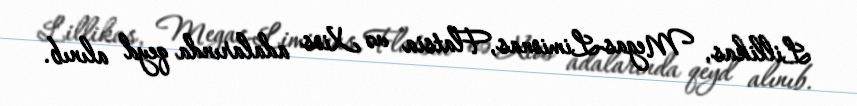
Lillikas, Megas-Limionas,Flatsia və Xios adalarında qeyd alınıb.